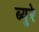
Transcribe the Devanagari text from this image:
ब्युरे